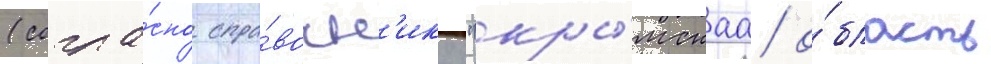
(согла́сно спра́вочн'ику "кры́мскаа о́бласть